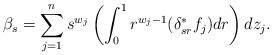
LaTeX: \begin{align*} \beta_s = \sum_{j=1}^n s^{w_j} \left(\int_0^1 r^{w_j-1} (\delta_{sr}^*f_j) dr \right) dz_j.\end{align*}